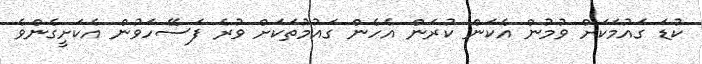
ކުޑަ ގައުމަކަށް ވުމުން އެކަން ކުރަން އެހެން ގައުމުތަކަށް ވުރެ ފަސޭހަވުން އެކަށީގެންވެ